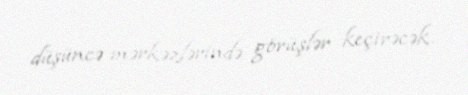
düşüncə mərkəzlərində görüşlər keçirəcək.